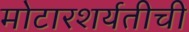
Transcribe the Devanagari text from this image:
मोटारशर्यतीची